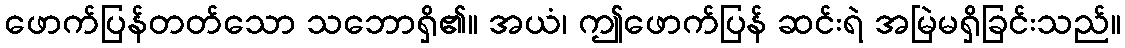
ဖောက်ပြန်တတ်သော သဘောရှိ၏။ အယံ၊ ဤဖောက်ပြန် ဆင်းရဲ အမြဲမရှိခြင်းသည်။